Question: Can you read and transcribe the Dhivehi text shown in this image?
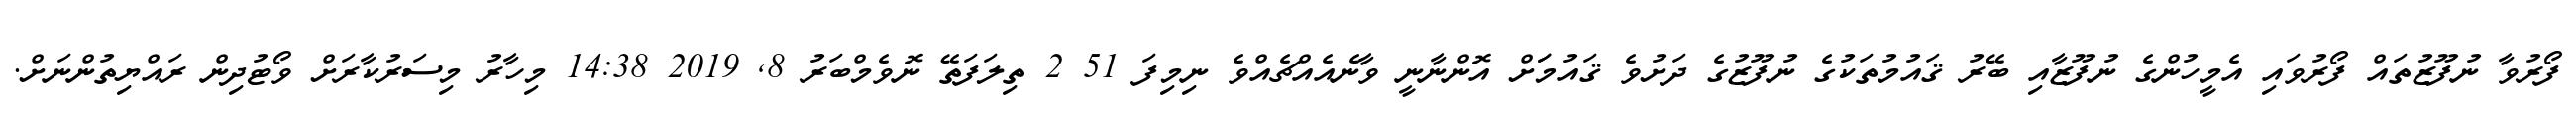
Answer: ފޯރުވާ ނުފޫޒުތައް ފޯރުވައި އެމީހުންގެ ނުފޫޒާއި ބޭރު ޤައުމުތަކުގެ ނުފޫޒުގެ ދަށުވެ ޤައުމަަށް އޮންނާނީ ވާނެއެއްޗެއްވެ ނިމިފަ 51 2 ތިލަފަތޭ ނޮވެމްބަރު 8, 2019 14:38 މިހާރު މިސަރުކާރަށް ވޯޓުދިން ރައްޔިތުންނަށް.